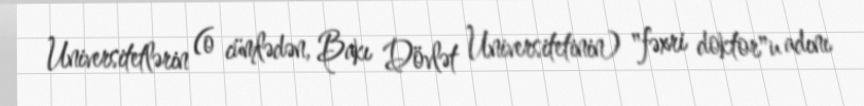
Universitetlərin (o cümlədən, Bakı Dövlət Universitetinin) "fəxri doktor"u adını